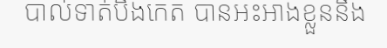
បាល់ទាត់បឹងកេត បានអះអាងខ្លួននឹង